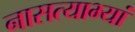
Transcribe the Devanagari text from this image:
नासत्याभ्यां